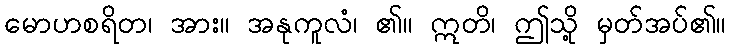
မောဟစရိတ၊ အား။ အနုကူလံ၊ ၏။ ဣတိ၊ ဤသို့ မှတ်အပ်၏။